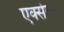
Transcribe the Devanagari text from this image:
एक्सेला